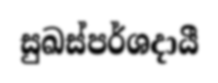
සුඛස්පර්ශදායී